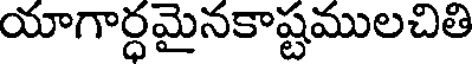
యాగార్ధమైనకాష్టములచితి